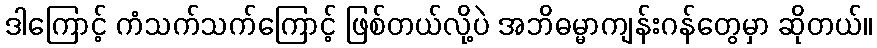
ဒါကြောင့် ကံသက်သက်ကြောင့် ဖြစ်တယ်လို့ပဲ အဘိဓမ္မာကျန်းဂန်တွေမှာ ဆိုတယ်။